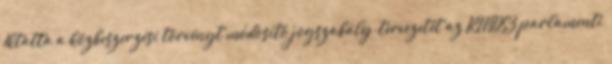
Iktatta a közbeszerzési törvényt módosító jogszabály-tervezetét az RMDSZ parlamenti